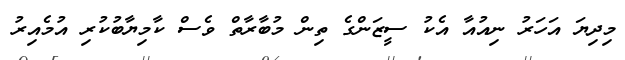
މިދިޔަ އަހަރު ނިއުއާ އެކު ސީޒަންގެ ތިން މުބާރާތް ވެސް ކާމިޔާބުކުރި އުމެއިރު